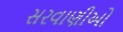
સરવાણીઓ